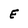
Character: E